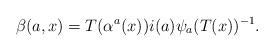
\begin{align*} \beta(a,x) = T(\alpha^a(x))i(a)\psi_a(T(x))^{-1}.\end{align*}